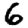
Digit: 6